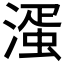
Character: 𣼈